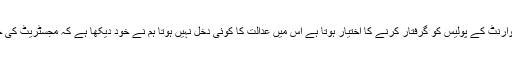
سنگین جرائم جس میں بغیر وارنٹ کے پولیس کو گرفتار کرنے کا اختیار ہوتا ہے اس میں عدالت کا کوئی دخل نہیں ہوتا ہم نے خود دیکھا ہے کہ مجسٹریٹ کی حیثیت چپراسی کی ہوتی ہے۔